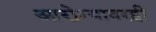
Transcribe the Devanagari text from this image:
आरोग्यावरही